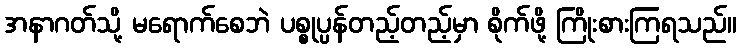
အနာဂတ်သို့ မရောက်စေဘဲ ပစ္စုပ္ပန်တည့်တည့်မှာ စိုက်ဖို့ ကြိုးစားကြရသည်။